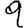
Digit: 9